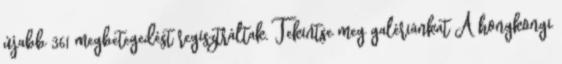
újabb 361 megbetegedést regisztráltak. Tekintse meg galériánkat A hongkongi